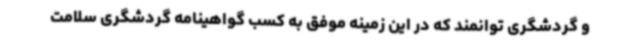
و گردشگری توانمند که در این زمینه موفق به کسب گواهینامه گردشگری سلامت